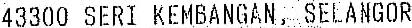
43300 SERI KEMBANGAN, SELANGOR